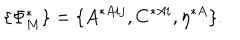
LaTeX: \{ \Phi _ { M } ^ { * } \} = \{ A ^ { * A i j } , C ^ { * A i } , \eta ^ { * A } \} .